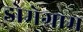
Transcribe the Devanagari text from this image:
डोमेग्राम